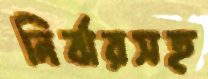
নির্ঝরসহ